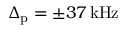
\Delta _ { \mathrm { p } } = \pm 3 7 \, \mathrm { k H z }